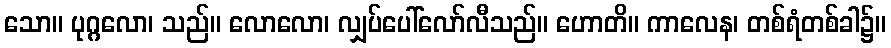
သော။ ပုဂ္ဂလော၊ သည်။ လောလော၊ လျှပ်ပေါ်လော်လီသည်။ ဟောတိ။ ကာလေန၊ တစ်ရံတစ်ခါ၌။